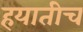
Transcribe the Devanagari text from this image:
हयातीच